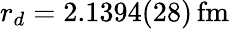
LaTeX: r_{d}=2.1394(28)\, \mathrm{fm}